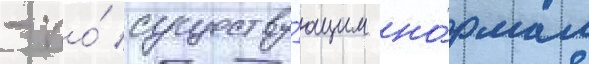
- по́ существу́ющим но́рмам